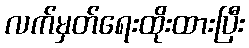
လက်မှတ်ရေးထိုးထားပြီး